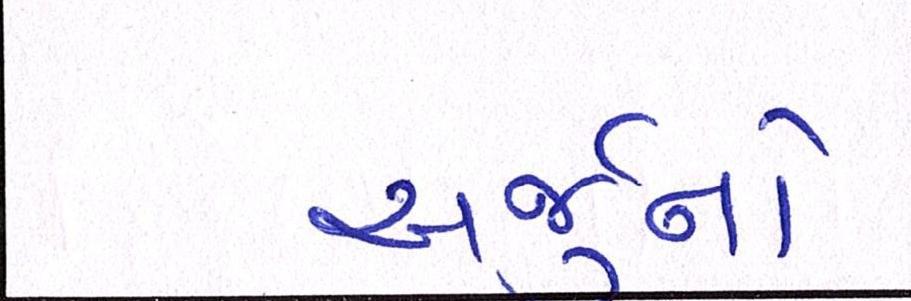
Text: અર્જુનો